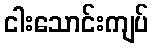
ငါးသောင်းကျပ်